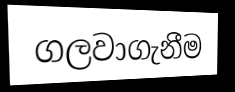
ගලවාගැනීම